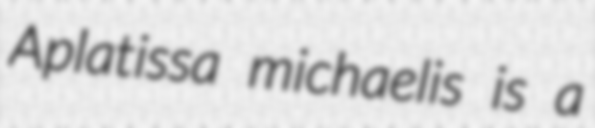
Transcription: Aplatissa michaelis is a